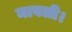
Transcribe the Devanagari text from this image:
मावली।